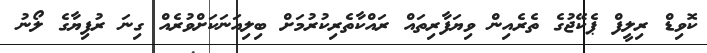
ކޮވިޑް ރިލީފް ޕެކޭޖުގެ ތެރެއިން ވިޔަފާރިތައް ރައްކާތެރިކުރުމަށް ބިލިއަނަކަށްވުރެއް ގިނަ ރުފިޔާގެ ލޯނު